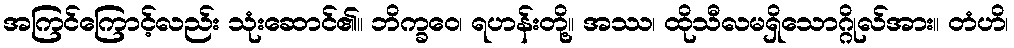
အကြင်ကြောင့်လည်း သုံးဆောင်၏။ ဘိက္ခဝေ၊ ရဟန်းတို့။ အဿ၊ ထိုသီလမရှိသောဂ္ဂိုလ်အား။ တံဟိ၊